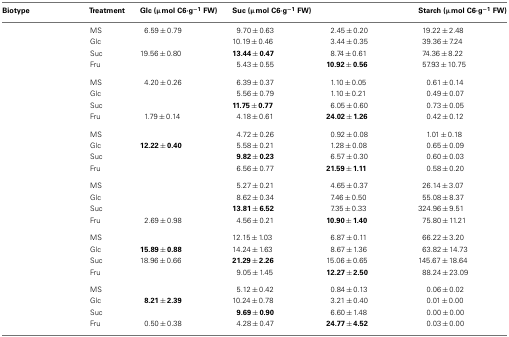
<table><thead><tr><td><b>Biotype</b></td><td><b>Treatment</b></td><td><b>Glc (μmol C6·g<sup>−1</sup> FW)</b></td><td><b>Suc (μmol C6·g<sup>−1</sup> FW)</b></td><td>[EMPTY_CELL]</td><td><b>Starch (μmol C6·g<sup>−1</sup> FW)</b></td></tr></thead><tbody><tr><td>[EMPTY_CELL]</td><td>MS</td><td>6.59 ± 0.79</td><td>9.70 ± 0.63</td><td>2.45 ± 0.20</td><td>19.22 ± 2.48</td></tr><tr><td>[EMPTY_CELL]</td><td>Glc</td><td>[EMPTY_CELL]</td><td>10.19 ± 0.46</td><td>3.44 ± 0.35</td><td>39.36 ± 7.24</td></tr><tr><td>[EMPTY_CELL]</td><td>Suc</td><td>19.56 ± 0.80</td><td><b>13.44 ± 0.47</b></td><td>8.74 ± 0.61</td><td>74.36 ± 8.22</td></tr><tr><td>[EMPTY_CELL]</td><td>Fru</td><td>[EMPTY_CELL]</td><td>5.43 ± 0.55</td><td><b>10.92 ± 0.56</b></td><td>57.93 ± 10.75</td></tr><tr><td>[EMPTY_CELL]</td><td>MS</td><td>4.20 ± 0.26</td><td>6.39 ± 0.37</td><td>1.10 ± 0.05</td><td>0.61 ± 0.14</td></tr><tr><td>[EMPTY_CELL]</td><td>Glc</td><td>[EMPTY_CELL]</td><td>5.56 ± 0.79</td><td>1.10 ± 0.21</td><td>0.49 ± 0.07</td></tr><tr><td>[EMPTY_CELL]</td><td>Suc</td><td>[EMPTY_CELL]</td><td><b>11.75 ± 0.77</b></td><td>6.05 ± 0.60</td><td>0.73 ± 0.05</td></tr><tr><td>[EMPTY_CELL]</td><td>Fru</td><td>1.79 ± 0.14</td><td>4.18 ± 0.61</td><td><b>24.02 ± 1.26</b></td><td>0.42 ± 0.12</td></tr><tr><td>[EMPTY_CELL]</td><td>MS</td><td>[EMPTY_CELL]</td><td>4.72 ± 0.26</td><td>0.92 ± 0.08</td><td>1.01 ± 0.18</td></tr><tr><td>[EMPTY_CELL]</td><td>Glc</td><td><b>12.22 ± 0.40</b></td><td>5.58 ± 0.21</td><td>1.28 ± 0.08</td><td>0.65 ± 0.09</td></tr><tr><td>[EMPTY_CELL]</td><td>Suc</td><td>[EMPTY_CELL]</td><td><b>9.82 ± 0.23</b></td><td>6.57 ± 0.30</td><td>0.60 ± 0.03</td></tr><tr><td>[EMPTY_CELL]</td><td>Fru</td><td>[EMPTY_CELL]</td><td>6.56 ± 0.77</td><td><b>21.59 ± 1.11</b></td><td>0.58 ± 0.20</td></tr><tr><td>[EMPTY_CELL]</td><td>MS</td><td>[EMPTY_CELL]</td><td>5.27 ± 0.21</td><td>4.65 ± 0.37</td><td>26.14 ± 3.07</td></tr><tr><td>[EMPTY_CELL]</td><td>Glc</td><td>[EMPTY_CELL]</td><td>8.62 ± 0.34</td><td>7.46 ± 0.50</td><td>55.08 ± 8.37</td></tr><tr><td>[EMPTY_CELL]</td><td>Suc</td><td>[EMPTY_CELL]</td><td><b>13.81 ± 6.52</b></td><td>7.35 ± 0.33</td><td>324.96 ± 9.51</td></tr><tr><td>[EMPTY_CELL]</td><td>Fru</td><td>2.69 ± 0.98</td><td>4.56 ± 0.21</td><td><b>10.90 ± 1.40</b></td><td>75.80 ± 11.21</td></tr><tr><td>[EMPTY_CELL]</td><td>MS</td><td>[EMPTY_CELL]</td><td>12.15 ± 1.03</td><td>6.87 ± 0.11</td><td>66.22 ± 3.20</td></tr><tr><td>[EMPTY_CELL]</td><td>Glc</td><td><b>15.89 ± 0.88</b></td><td>14.24 ± 1.63</td><td>8.67 ± 1.36</td><td>63.82 ± 14.73</td></tr><tr><td>[EMPTY_CELL]</td><td>Suc</td><td>18.96 ± 0.66</td><td><b>21.29 ± 2.26</b></td><td>15.06 ± 0.65</td><td>145.67 ± 18.64</td></tr><tr><td>[EMPTY_CELL]</td><td>Fru</td><td>[EMPTY_CELL]</td><td>9.05 ± 1.45</td><td><b>12.27 ± 2.50</b></td><td>88.24 ± 23.09</td></tr><tr><td>[EMPTY_CELL]</td><td>MS</td><td>[EMPTY_CELL]</td><td>5.12 ± 0.42</td><td>0.84 ± 0.13</td><td>0.06 ± 0.02</td></tr><tr><td>[EMPTY_CELL]</td><td>Glc</td><td><b>8.21 ± 2.39</b></td><td>10.24 ± 0.78</td><td>3.21 ± 0.40</td><td>0.01 ± 0.00</td></tr><tr><td>[EMPTY_CELL]</td><td>Suc</td><td>[EMPTY_CELL]</td><td><b>9.69 ± 0.90</b></td><td>6.60 ± 1.48</td><td>0.00 ± 0.00</td></tr><tr><td>[EMPTY_CELL]</td><td>Fru</td><td>0.50 ± 0.38</td><td>4.28 ± 0.47</td><td><b>24.77 ± 4.52</b></td><td>0.03 ± 0.00</td></tr></tbody></table>